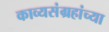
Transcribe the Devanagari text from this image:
काव्यसंग्रहांच्या